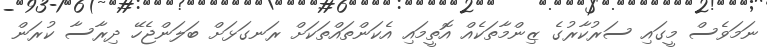
ނަމަވެސް މީގައި ސަރުކާރުގެ ޒިންމާތަކެއް އޮތީމައި އެކަންތައްތަކަށް ރަނގަޅަށް ބަލަންޖެހޭ ދިރާސާ ކުރަން